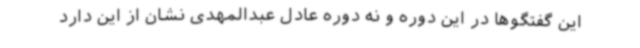
این گفتگوها در این دوره و نه دوره عادل عبدالمهدی نشان از این دارد